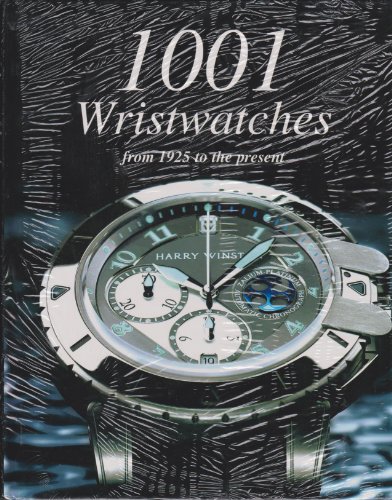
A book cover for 1001  Wristwatches: From 1925 to the Present; Crafts, Hobbies & Home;